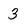
Character: 3